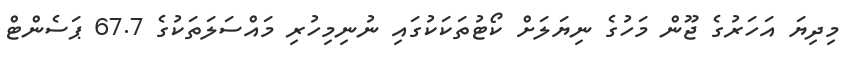
މިދިޔަ އަހަރުގެ ޖޫން މަހުގެ ނިޔަލަށް ކޯޓުތަކަކުގައި ނުނިމިހުރި މައްސަލަތަކުގެ 67.7 ޕަސެންޓް